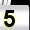
Digit: 5